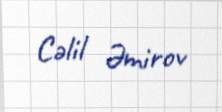
Cəlil Əmirov